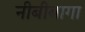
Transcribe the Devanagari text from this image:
नीबीबागा